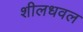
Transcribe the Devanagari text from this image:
शीलधवल